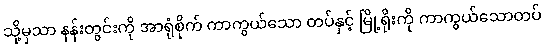
သို့မှသာ နန်းတွင်းကို အာရုံစိုက် ကာကွယ်သော တပ်နှင့် မြို့ရိုးကို ကာကွယ်သောတပ်